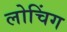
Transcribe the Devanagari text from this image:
लोचिंग